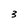
Character: 3